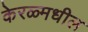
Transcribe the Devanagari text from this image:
केरळ्मधील